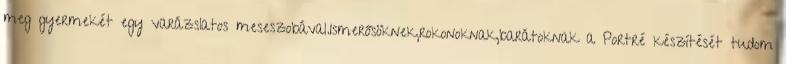
meg gyermekét egy varázslatos meseszobával.Ismerősöknek,rokonoknak,barátoknak a Portré készítését tudom